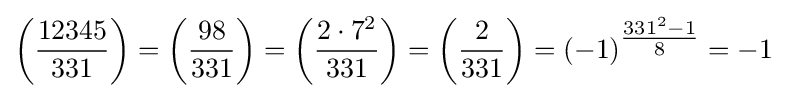
\left({\frac {12345}{331}}\right)=\left({\frac {98}{331}}\right)=\left({\frac {2\cdot 7^{2}}{331}}\right)=\left({\frac {2}{331}}\right)=(-1)^{\tfrac {331^{2}-1}{8}}=-1